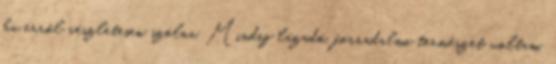
ha erről részletesen szólna. Mindig lázadó, forradalmi természet voltam,